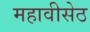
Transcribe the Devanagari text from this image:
महावीसेठ